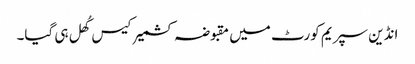
انڈین سپریم کورٹ میں مقبوضہ کشمیر کیس کُھل ہی گیا۔